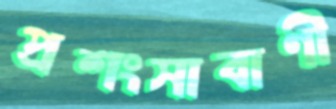
প্রশংসাবাণী